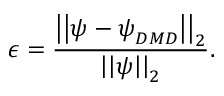
\epsilon = \frac { \left| \left| \boldsymbol { \psi } - \boldsymbol { \psi } _ { D M D } \right| \right| _ { 2 } } { \left| \left| \boldsymbol { \psi } \right| \right| _ { 2 } } .